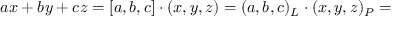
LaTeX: a x + b y + c z = [ a , b , c ] \cdot ( x , y , z ) = ( a , b , c ) _ { L } \cdot ( x , y , z ) _ { P } =